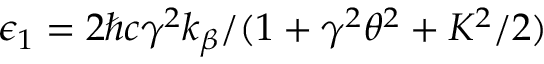
\epsilon _ { 1 } = 2 \hbar c \gamma ^ { 2 } k _ { \beta } / ( 1 + \gamma ^ { 2 } \theta ^ { 2 } + K ^ { 2 } / 2 )